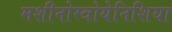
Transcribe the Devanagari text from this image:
मशीनोस्त्रोयेनिशिया